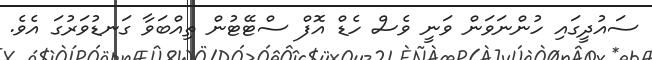
ސައުދީގައި ހުންނަވަން ވަނީ ވެސް ހެޑް އޮފް ސްޓޭޓުން ތިއްބަވާ ގަނޑުވަރުގަ އެވެ.